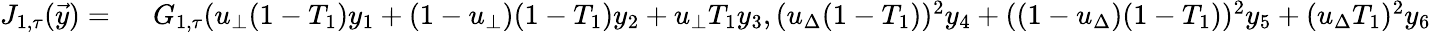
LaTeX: \begin{array}{rl}{J_{1,\tau}(\vec{y})=\ }&{{}G_{1,\tau}(u_{\bot}(1-T_{1})y_{1}+(1-u_{\bot})(1-T_{1})y_{2}+u_{\bot}T_{1}y_{3},(u_{\Delta}(1-T_{1}))^{2}y_{4}+((1-u_{\Delta})(1-T_{1}))^{2}y_{5}+(u_{\Delta}T_{1})^{2}y_{6}}\end{array}